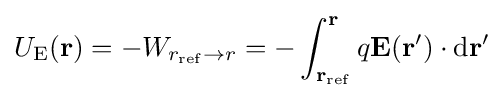
U_{\mathrm {E} }(\mathbf {r} )=-W_{r_{\rm {ref}}\rightarrow r}=-\int _{{\mathbf {r} }_{\rm {ref}}}^{\mathbf {r} }q\mathbf {E} (\mathbf {r'} )\cdot \mathrm {d} \mathbf {r'}